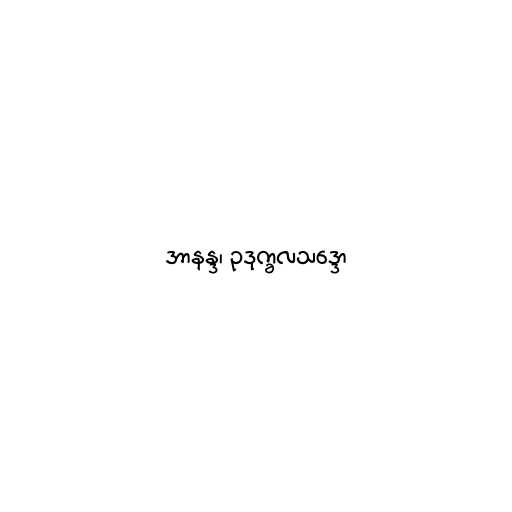
အာနန္ဒ၊ ဥဒုက္ခလသဒ္ဒော